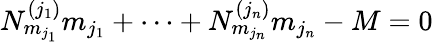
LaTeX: N_{m_{j_{1}}}^{(j_{1})}m_{j_{1}}+\cdots+N_{m_{j_{n}}}^{(j_{n})}m_{j_{n}}-M=0